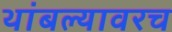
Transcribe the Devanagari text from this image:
थांबल्यावरच